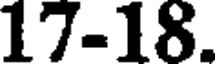
17-18.